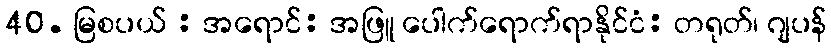
40. မြစပယ် : အရောင်: အဖြူ ပေါက်ရောက်ရာနိုင်ငံ: တရုတ်၊ ဂျပန်